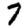
Digit: 7